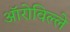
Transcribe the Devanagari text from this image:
ऑरोविल्ले